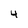
Character: 4